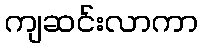
ကျဆင်းလာကာ